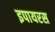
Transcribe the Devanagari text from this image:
इपायरस